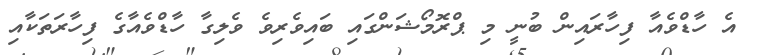
އެ ހާޑްވެއާ ފިހާރައިން ބުނީ މި ޕްރޮމޯޝަންގައި ބައިވެރިވެ ވެލިގާ ހާޑްވެއާގެ ފިހާރަތަކާއި